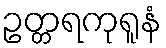
ဥတ္တရကုရူနံ